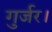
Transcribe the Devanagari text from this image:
गुर्जर।